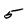
Character: 5